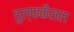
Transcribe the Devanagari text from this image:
वुल्फकैसल